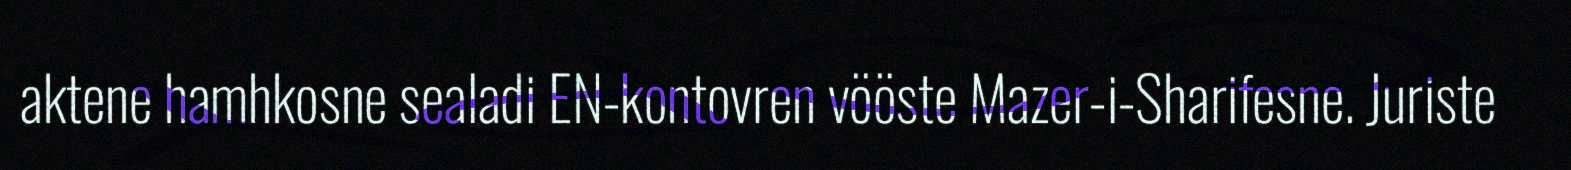
aktene hamhkosne sealadi EN-kontovren vööste Mazer-i-Sharifesne. Juriste